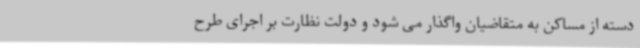
دسته از مساکن به متقاضیان واگذار می شود و دولت نظارت بر اجرای طرح